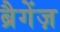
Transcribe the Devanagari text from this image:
ब्रैगेंज़